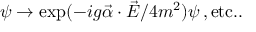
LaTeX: \psi \rightarrow \exp ( - i g \vec { \alpha } \cdot \vec { E } / 4 m ^ { 2 } ) \psi \, , \mathrm { e t c . . }